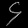
Digit: ၄